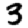
Digit: 3